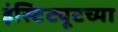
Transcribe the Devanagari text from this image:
इंस्टिट्यूटच्या